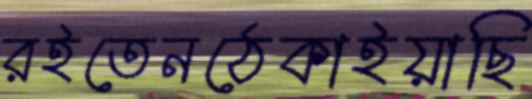
রইতেনঠেকাইয়াছি